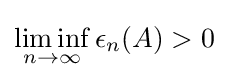
\liminf _{n\to \infty }\epsilon _{n}(A)>0